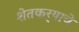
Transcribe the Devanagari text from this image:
शेतकर्‍याचे